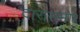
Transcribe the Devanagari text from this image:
दारासमोर